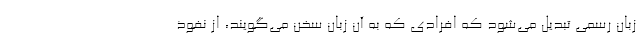
زبان رسمی تبدیل می‌شود که افرادی که به آن زبان سخن می‌گویند، از نفوذ